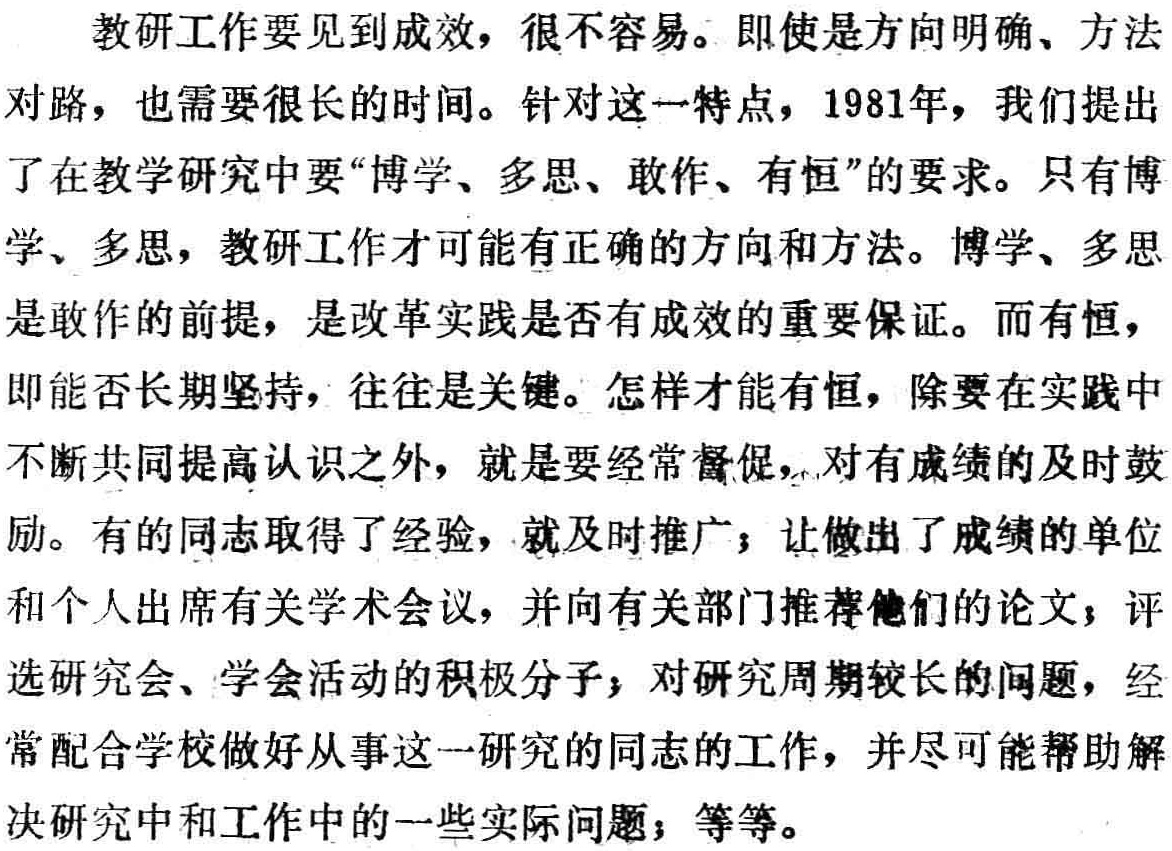
教研工作要见到成效，很不容易。即使是方向明确、方法
对路，也需要很长的时间。针对这一特点，1981年，我们提出
了在教学研究中要“博学、多思、敢作、有恒”的要求。只有博
学、多思，教研工作才可能有正确的方向和方法。博学、多思
是敢作的前提，是改革实践是否有成效的重要保证。而有恒，
即能否长期坚持，往往是关键。怎样才能有恒，除要在实践中
不断共同提高认识之外，就是要经常督促，对有成绩的及时鼓
励。有的同志取得了经验，就及时推广；让做出了成绩的单位
和个人出席有关学术会议，并向有关部门推荐他们的论文；评
选研究会、学会活动的积极分子；对研究周期较长的问题，经
常配合学校做好从事这一研究的同志的工作，并尽可能帮助解
决研究中和工作中的一些实际问题；等等。